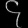
Digit: ၄